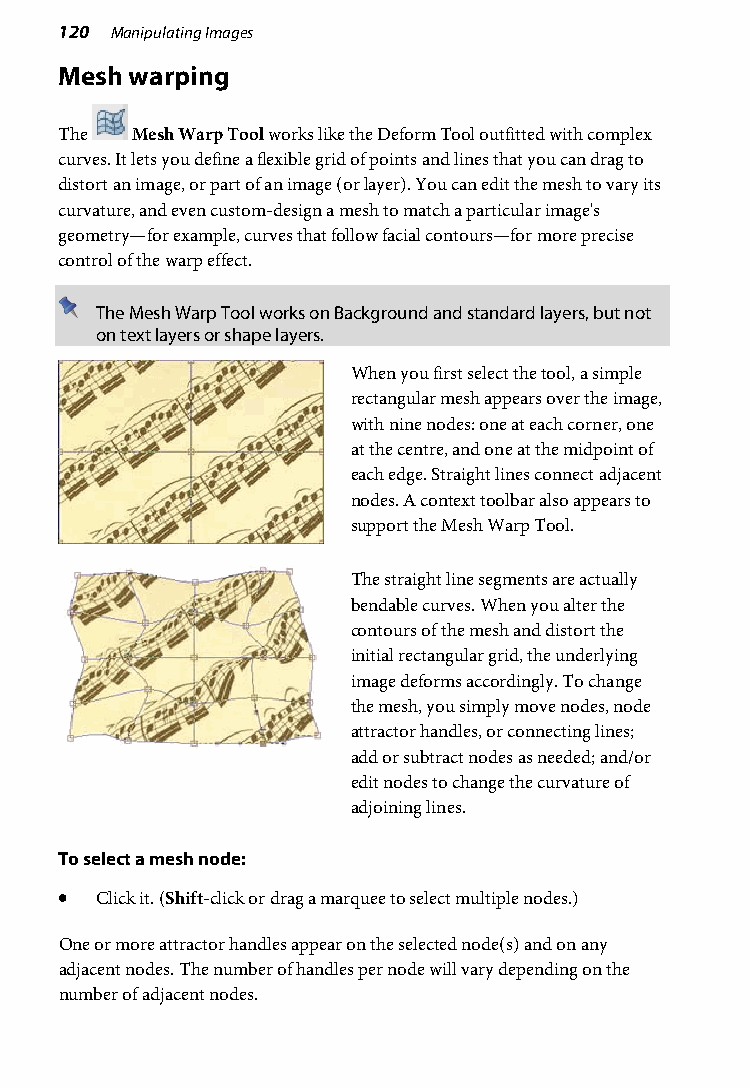
120 Manipulating Images
 Mesh warping
 The  Mesh Warp Tool works like the Deform Tool outfitted with complex
 curves. It lets you define a flexible grid of points and lines that you can drag to
 distort an image, or part of an image (or layer). You can edit the mesh to vary its
 curvature, and even custom-design a mesh to match a particular image's
 geometry—for example, curves that follow facial contours—for more precise
 control of the warp effect.
 The Mesh Warp Tool works on Background and standard layers, but not
 on text layers or shape layers.
 When you first select the tool, a simple
 rectangular mesh appears over the image,
 with nine nodes: one at each corner, one
 at the centre, and one at the midpoint of
 each edge. Straight lines connect adjacent
 nodes. A context toolbar also appears to
 support the Mesh Warp Tool.
 The straight line segments are actually
 bendable curves. When you alter the
 contours of the mesh and distort the
 initial rectangular grid, the underlying
 image deforms accordingly. To change
 the mesh, you simply move nodes, node
 attractor handles, or connecting lines;
 add or subtract nodes as needed; and/or
 edit nodes to change the curvature of
 adjoining lines.
 To select a mesh node:
 • Click it. (Shift-click or drag a marquee to select multiple nodes.)
 One or more attractor handles appear on the selected node(s) and on any
 adjacent nodes. The number of handles per node will vary depending on the
 number of adjacent nodes.